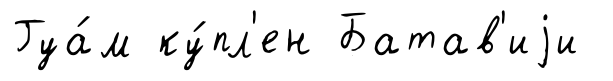
Гуа́м ку́пл'ен Батав'иjи